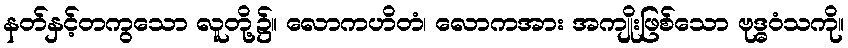
နတ်နှင့်တကွသော လူတို့၌။ လောကဟိတံ၊ လောကအား အကျိုးဖြစ်သော ဗုဒ္ဓဝံသကို။